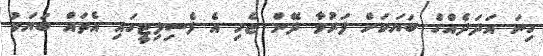
ގިނަ އަދަދެއްގެ ބަޔަކަށް ފަރުވާ ދޭން ޖެހި އެ ފެސިލިޓީގައި އެތައް ބަޔަކު